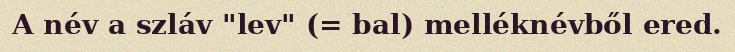
A név a szláv "lev" (= bal) melléknévből ered.